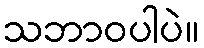
သဘာဝပါပဲ။